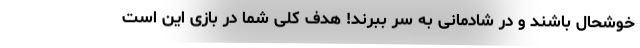
خوشحال باشند و در شادمانی به سر ببرند! هدف کلی شما در بازی این است